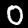
Label: 0